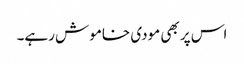
اس پر بھی مودی خاموش رہے۔